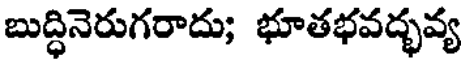
బుద్ధినెరుగరాదు; భూతభవద్భవ్య